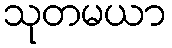
သုတမယာ